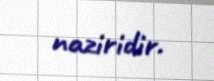
naziridir.